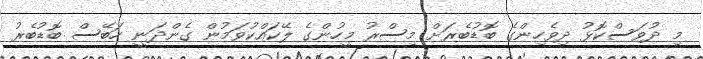
މި ދުވަސްކޮޅު ދިވެހިންގެ ބޮޑުބެރަށް މިސްރު މީހުންގެ ލޭކައްކުވަމުން ގެންދަނީ ހަބޭސް ބޮޑުބެރު